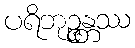
ပရိဘုဉ္ဇန္တဿ